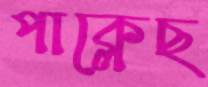
পাক্‌লেছ